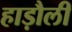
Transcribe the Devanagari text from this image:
हाड़ौली